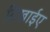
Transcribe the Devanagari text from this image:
दिखाईए